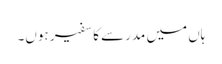
ہاں میں مدرسے کا سفیر ہوں۔